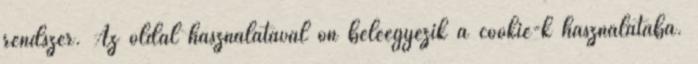
rendszer. Az oldal használatával ön beleegyezik a cookie-k használatába.